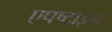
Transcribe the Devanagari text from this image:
एपष्टाइन